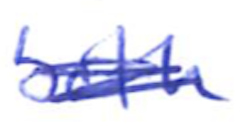
Text: both
Cross-out: scratch
Writing tool: ballpoint